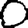
Digit: 0